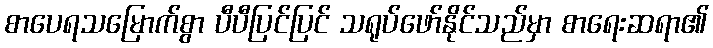
စာပေရသမြောက်စွာ ပီပီပြင်ပြင် သရုပ်ဖော်နိုင်သည်မှာ စာရေးဆရာ၏